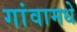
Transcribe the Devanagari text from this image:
गांवामधे